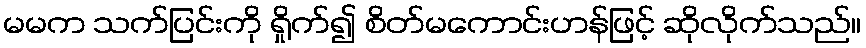
မမက သက်ပြင်းကို ရှိုက်၍ စိတ်မကောင်းဟန်ဖြင့် ဆိုလိုက်သည်။